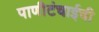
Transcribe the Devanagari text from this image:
पाणीटंचाईची